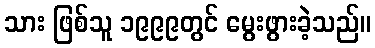
သား ဖြစ်သူ ၁၉၉၉တွင် မွေးဖွားခဲ့သည်။